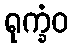
ရုက္ခံဝ